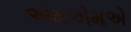
એમએમએ